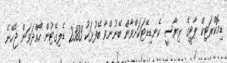
ޑިމޮކްރަޓިކް ޕާޓީގެ ރިޔާސީ ކެނޑިޑޭޓަކަށްވާން ބޭނުންވާ ބޭފުޅަކު 2383 ޑެލިގޭޓުން ހޯއްދަވަން ޖެހޭނެ